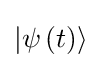
\left|\psi \left(t\right)\right\rangle